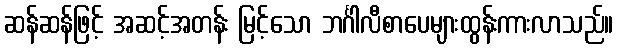
ဆန်ဆန်ဖြင့် အဆင့်အတန်း မြင့်သော ဘင်္ဂါလီစာပေများထွန်းကားလာသည်။